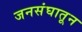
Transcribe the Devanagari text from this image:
जनसंघातून